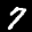
Label: 7